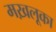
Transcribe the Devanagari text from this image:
मख़लूका